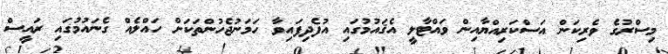
މިސްރުގެ ވެރިކަން އަސްކަރިއްޔާއިން ވައްޓާލީ އެޤައުމުގައި އުފެދިފައިވާ ހަމަނުޖެހުންތަކަށް ހައްލެއް ގެނައުމުގައި ރައީސް